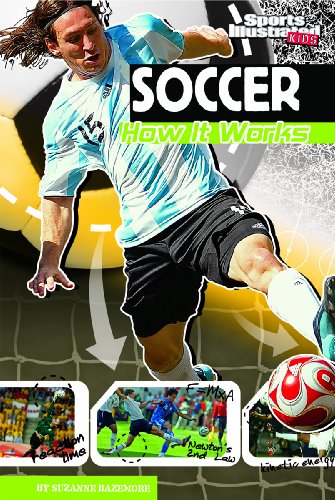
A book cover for Soccer: How It Works (The Science of Sports (Sports Illustrated for Kids)); Suzanne Bazemore; Children's Books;